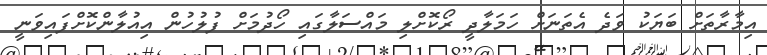
އިމާރާތަށް ބަޔަކު ވަދެ އެތަނަށް ހަމަލާދީ ރޯކޮށްލި މައްސަލާގައި ހޯދުމަށް ފުލުހުން އިއުލާންކޮށްފައިވަނީ